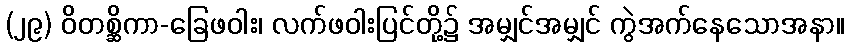
(၂၉) ဝိတစ္ဆိကာ-ခြေဖဝါး၊ လက်ဖဝါးပြင်တို့၌ အမျှင်အမျှင် ကွဲအက်နေသောအနာ။